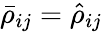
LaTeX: \bar{\rho}_{ij}=\hat{\rho}_{ij}